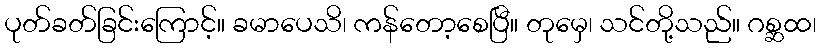
ပုတ်ခတ်ခြင်းကြောင့်။ ခမာပေသိ၊ ကန်တော့စေပြီ။ တုမှေ၊ သင်တို့သည်။ ဂစ္ဆထ၊